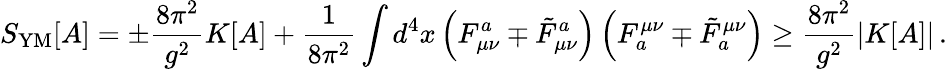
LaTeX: S_{\mathrm{YM}}[A]=\pm\frac{8\pi^{2}}{g^{2}}K[A]+\frac{1}{8\pi^{2}}\int d^{4}x\left(F_{\mu\nu}^{a}\mp\tilde{F}_{\mu\nu}^{a}\right)\left(F_{a}^{\mu\nu}\mp\tilde{F}_{a}^{\mu\nu}\right)\geq\frac{8\pi^{2}}{g^{2}}\left|K[A]\right|\, .